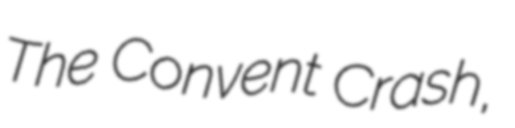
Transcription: The Convent Crash,